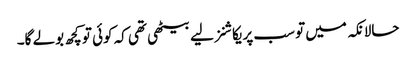
حالانکہ میں تو سب پریکاشنز لیے بیٹھی تھی کہ کوئی تو کچھ بولے گا۔